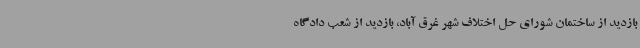
بازدید از ساختمان شورای حل اختلاف شهر غرق آباد، بازدید از شعب دادگاه